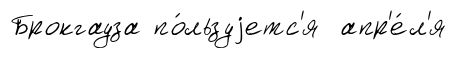
Брокгауза по́льзуjетс'я апр'е́л'я